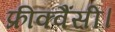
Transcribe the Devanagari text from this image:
फ्रीक्वैंसी।